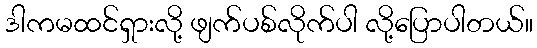
ဒါကမထင်ရှားလို့ ဖျက်ပစ်လိုက်ပါ လို့ပြောပါတယ်။